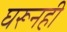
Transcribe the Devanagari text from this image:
घरूनही